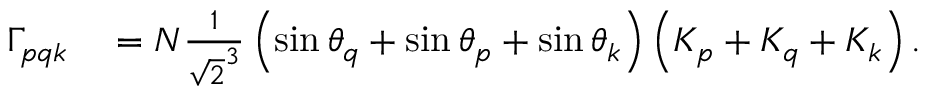
\begin{array} { r l } { \Gamma _ { p q k } } & { { } = N \frac { 1 } { \sqrt { 2 } ^ { 3 } } \left( \sin \theta _ { q } + \sin \theta _ { p } + \sin \theta _ { k } \right) \left( K _ { p } + K _ { q } + K _ { k } \right) . } \end{array}